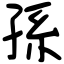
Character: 孫